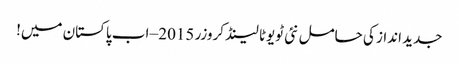
جدید انداز کی حامل نئی ٹویوٹا لینڈ کروزر 2015 – اب پاکستان میں!